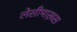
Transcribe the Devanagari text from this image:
लेसीमाख़स